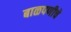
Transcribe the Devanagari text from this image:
बाळपणीचे